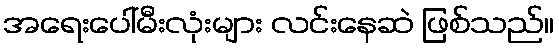
အရေးပေါ်မီးလုံးများ လင်းနေဆဲ ဖြစ်သည်။